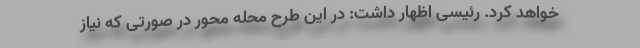
خواهد کرد. رئیسی اظهار داشت: در این طرح محله محور در صورتی که نیاز